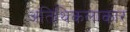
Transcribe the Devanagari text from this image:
अतिथिकलाकार